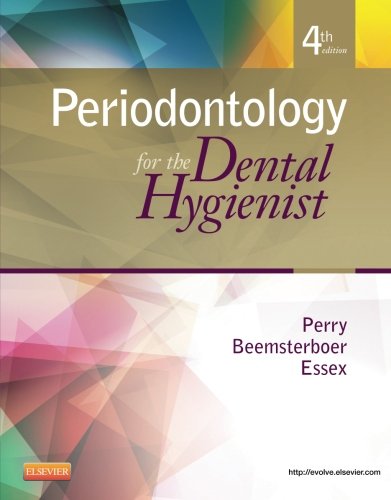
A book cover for Periodontology for the Dental Hygienist, 4e (Perry, Periodontology for the Dental Hygienist); Dorothy A. Perry RDH  PhD; Medical Books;